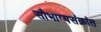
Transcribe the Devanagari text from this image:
सौभाग्यसंक्रांत